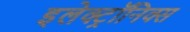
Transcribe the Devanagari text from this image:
इलेक्ट्रॉनिक्स